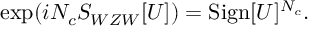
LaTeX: \exp ( i N _ { c } S _ { W Z W } [ U ] ) = \mathrm { S i g n } [ U ] ^ { N _ { c } } .